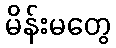
မိန်းမတွေ